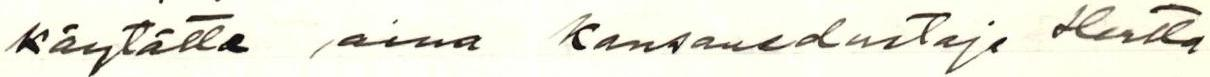
käytätte aina kansanedustaja Hertta